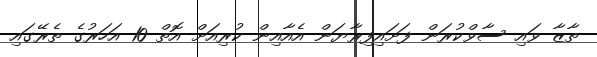
ތާޒާ ވައި ސާވްކުރަން ފަށައިފިރާޔަން އެއާއިން ކުރިއަށް އޮތް 10 އަހަރުގެ ތެރޭގައި